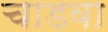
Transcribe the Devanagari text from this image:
चाडवा